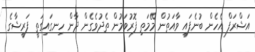
އަޝްރަފް އެހެން ބުނެފައި ވާއަތުން މޭމަތި ފޮރުވަމުން ތެދުވެގެން ދާން ހިނގައިގަތީ ފަރީޝާގެ